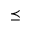
\preceq